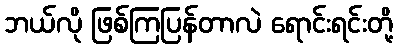
ဘယ်လို ဖြစ်ကြပြန်တာလဲ ရောင်းရင်းတို့